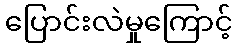
ပြောင်းလဲမှုကြောင့်